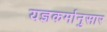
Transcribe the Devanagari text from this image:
यज्ञकर्मानुसार